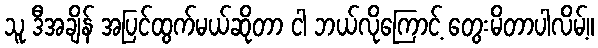
သူ ဒီအချိန် အပြင်ထွက်မယ်ဆိုတာ ငါ ဘယ်လိုကြောင့် တွေးမိတာပါလိမ့်။